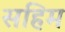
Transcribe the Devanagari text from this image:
सहिम